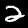
Label: 2